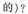
的)?